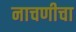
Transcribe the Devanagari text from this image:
नाचणीचा